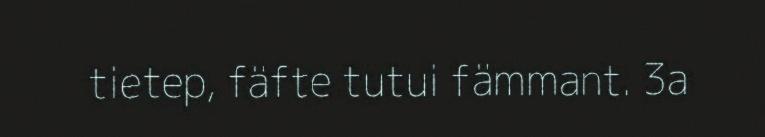
tietep, fäfte tutui fämmant. 3a